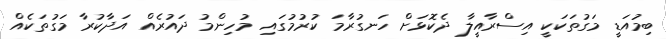
ބިމުއަޑީ މަގުތަކަކީ އިސްރާއީލާ ދެކޮޅަށް ހަނގުރާމަ ކުރުމުގައި މުހިންމު ދައުރެއް އަދާކުރާ މަގުތަކެއް